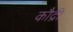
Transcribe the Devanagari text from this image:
कौद्री